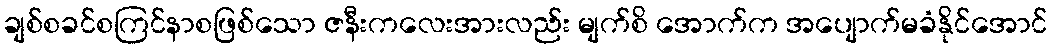
ချစ်စခင်စကြင်နာစဖြစ်သော ဇနီးကလေးအားလည်း မျက်စိ အောက်က အပျောက်မခံနိုင်အောင်